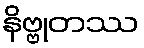
နိဗ္ဗုတဿ